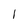
Character: l